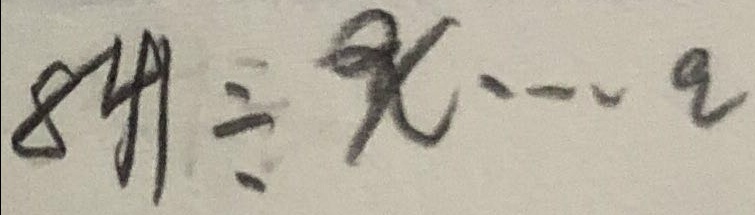
8 4 1 \div x \cdots a